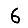
Digit: 6